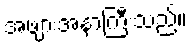
အဖျားအနာကြီးသည်။